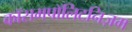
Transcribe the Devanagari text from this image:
कॉसमपॉलिटनिज़म